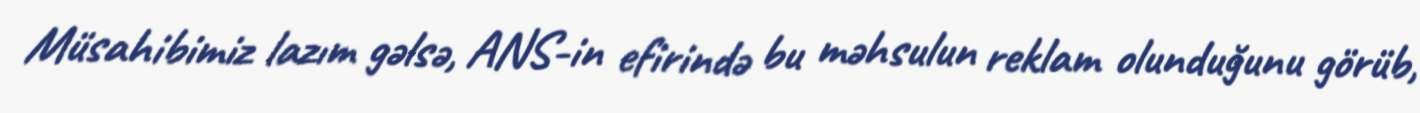
Müsahibimiz lazım gəlsə, ANS-in efirində bu məhsulun reklam olunduğunu görüb,